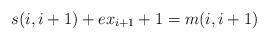
LaTeX: \begin{align*}s(i,i+1) + ex_{i+1} +1 = m(i,i+1)\end{align*}